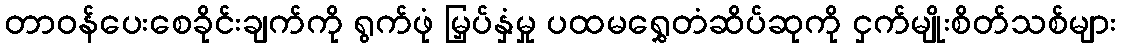
တာဝန်ပေးစေခိုင်းချက်ကို ရွက်ဖုံ မြှပ်နှံမှု ပထမရွှေတံဆိပ်ဆုကို ငှက်မျိုးစိတ်သစ်များ